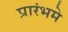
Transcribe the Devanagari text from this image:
प्रारंभमे